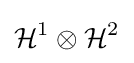
{\mathcal {H}}^{1}\otimes {\mathcal {H}}^{2}